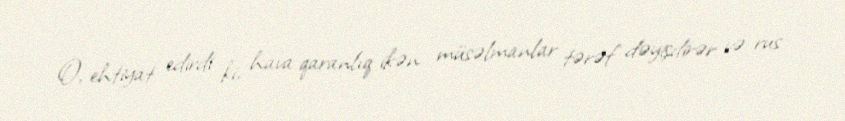
O, ehtiyat edirdi ki, hava qaranlıq ikən müsəlmanlar tərəf dəyişdirər və rus